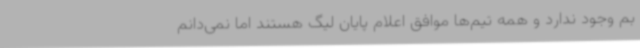
بم وجود ندارد و همه تیم‌ها موافق اعلام‌ پایان لیگ هستند اما نمی‌دانم